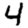
Digit: 4